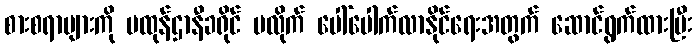
စားစရာများကို ပထုန်ဌာနီခရိုင် မလိုက် ပေါ်ပေါက်လာနိုင်ရေးအတွက် ဆောင်ရွက်ထားပြီး